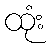
ထုံး